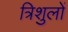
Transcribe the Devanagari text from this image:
त्रिशुलों